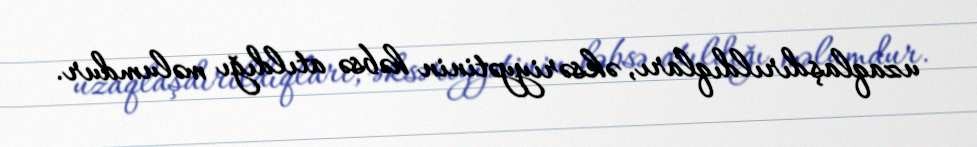
uzaqlaşdırıldıqları, əksəriyyətinin həbsə atıldığı məlumdur.